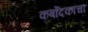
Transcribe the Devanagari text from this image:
कर्बोदकांचा